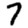
Digit: 7